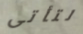
لتأتى